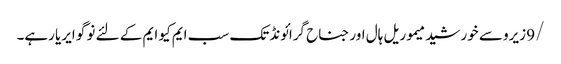
/9 زیرو سے خورشید میموریل ہال اور جناح گرائونڈ تک سب ایم کیو ایم کے لئے نو گو ایریا رہے۔